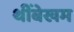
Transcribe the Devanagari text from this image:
थींबेखम